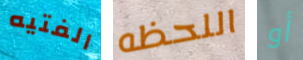
الفتيه اللحظه أو